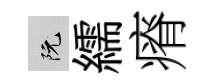
阮繻瘠